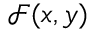
\mathcal { F } ( x , y )